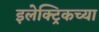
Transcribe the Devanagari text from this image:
इलेक्ट्रिकच्या